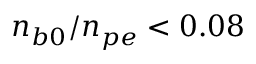
n _ { b 0 } / n _ { p e } < 0 . 0 8